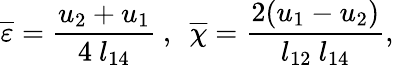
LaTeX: \overline{{\varepsilon}}=\frac{u_{2}+u_{1}}{4\ l_{14}}\ ,\ \ \overline{{\chi}}=\frac{2(u_{1}-u_{2})}{l_{12}\ l_{14}},